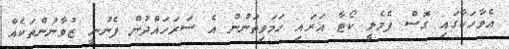
އެވާހަކާގައި ގޮސް ފެމެލީ ކޯޓާ އަރައި ހަމަވިތަނުން އެ ސަރަހައްދުން ފެނުނީ ޒުވާނުންތަކެއް